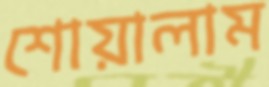
শোয়ালাম